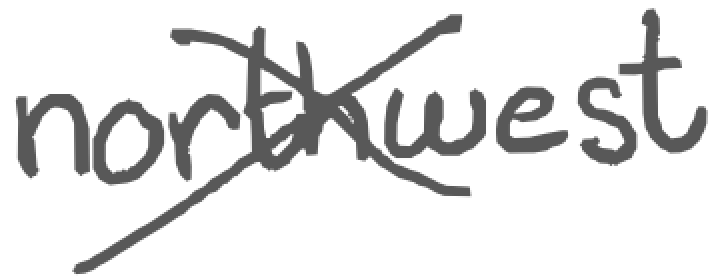
Text: northwest
Cross-out: mix
Writing tool: digital_gray